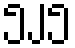
၅၂၅